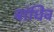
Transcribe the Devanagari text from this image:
बांधिव